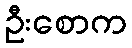
ဦးစောက